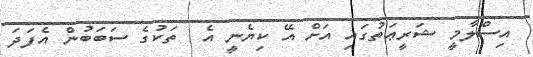
އިސްލާމީ ޝަރީޢަތުގައި އަށް އޭ ކިޔެނީ އެ  ތަކުގެ ސަބަބުން އެފަދަ